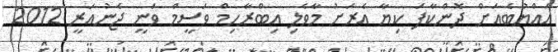
އައްޔުބެއަށް ދޮންކާފަ ކިޔާ އެރަށު މާވެލި އިބްރާހިމް ވަސީމް ވަނީ ޖެނުއަރީ 2012